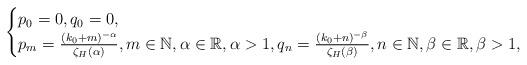
LaTeX: \begin{align*}\noindent \begin{cases} p_0=0,q_0=0, \\p_m=\frac{(k_0+m)^{-\alpha}}{\zeta_{H}(\alpha)}, m\in\mathbb{N}, \alpha\in\mathbb{R}, \alpha>1, q_n=\frac{(k_0+n)^{-\beta}}{\zeta_{H}(\beta)}, n\in\mathbb{N}, \beta\in\mathbb{R}, \beta>1,\end{cases}\end{align*}